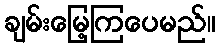
ချမ်းမြေ့ကြပေမည်။